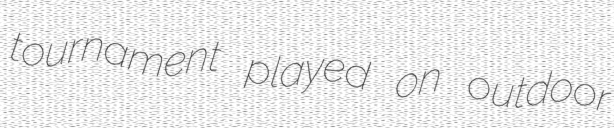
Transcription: tournament played on outdoor